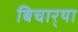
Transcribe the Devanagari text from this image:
बिचार्‍या